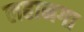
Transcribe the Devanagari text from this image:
लहानगा